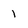
Character: 1